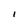
Character: I